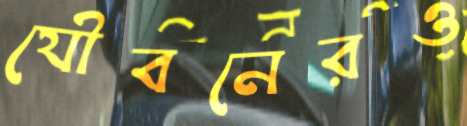
যৌবনেরও